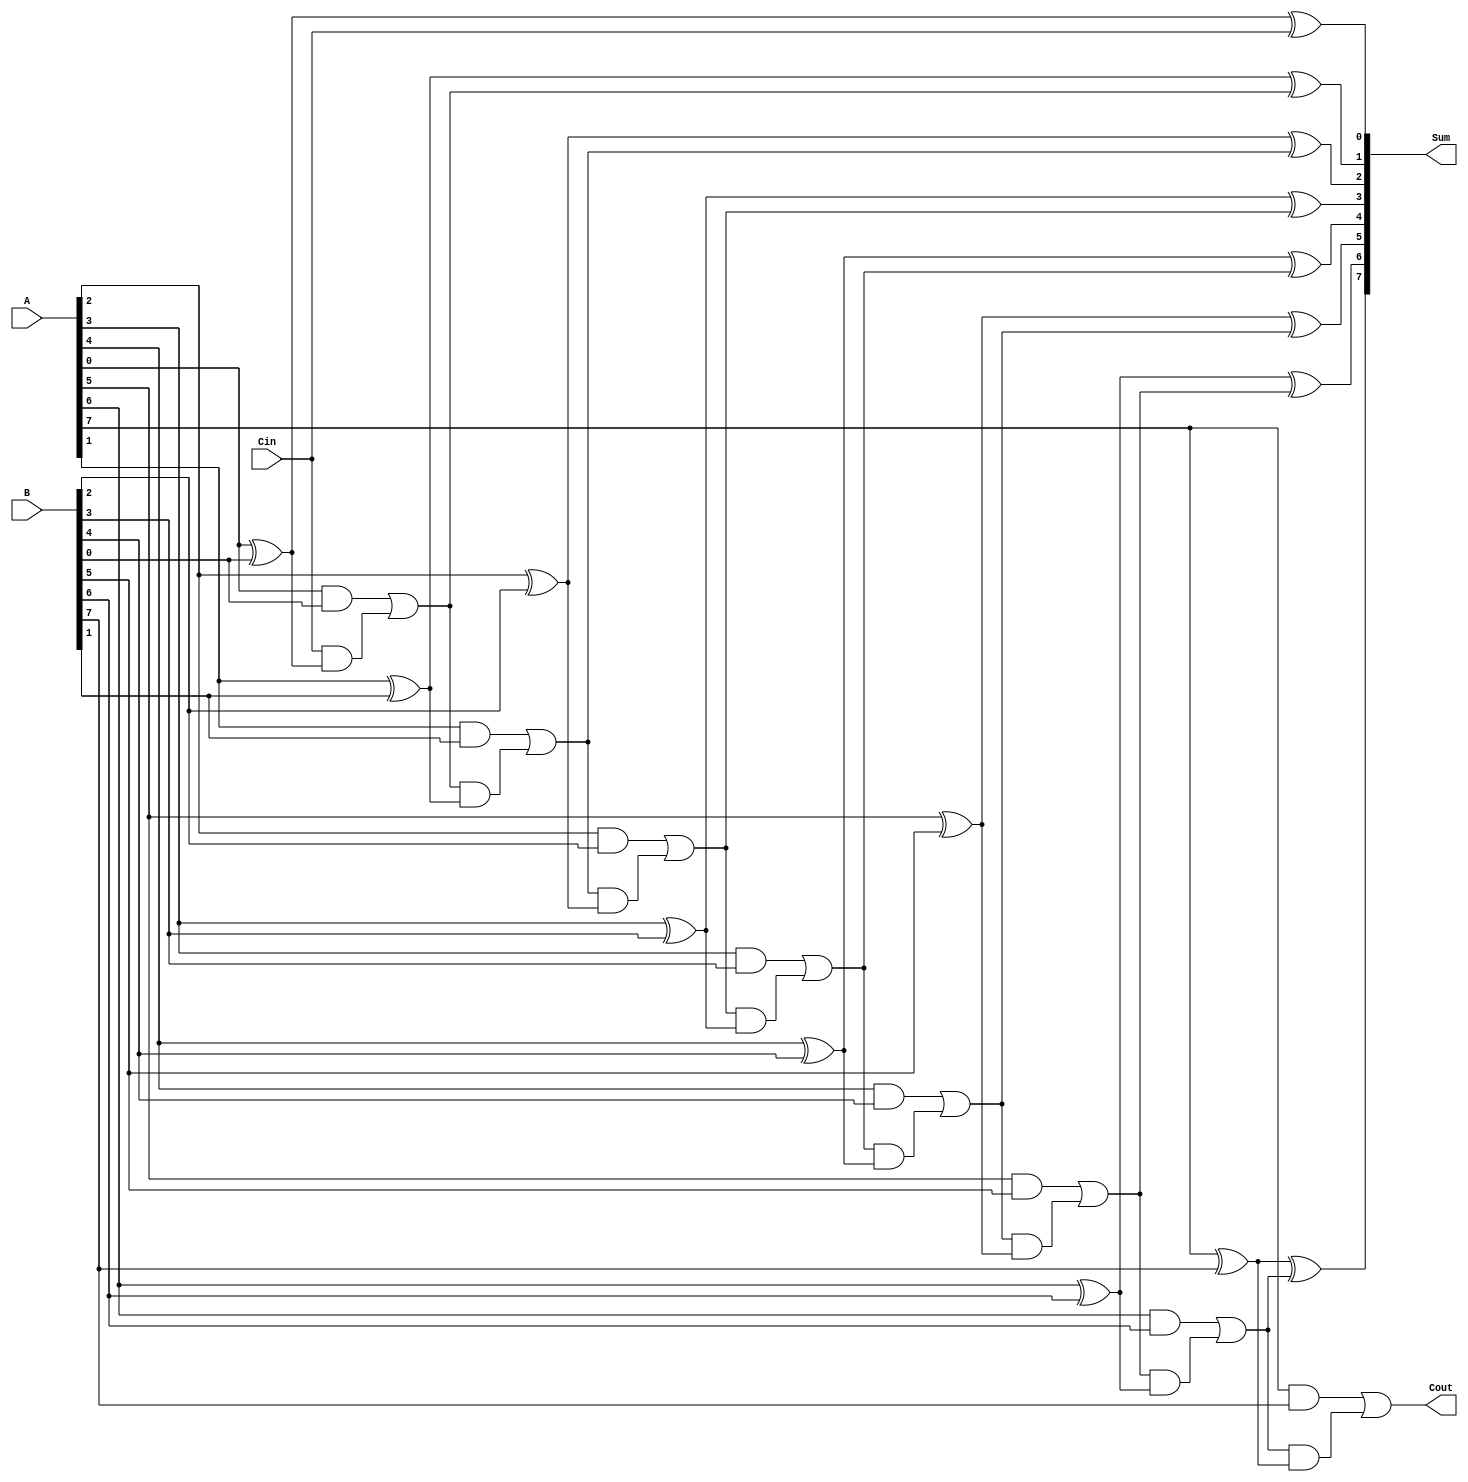
module ManchesterCarryChainAdder #(
    parameter WIDTH = 8  // Define the bit width for the adder
)(
    input  wire [WIDTH-1:0] A,      // First operand
    input  wire [WIDTH-1:0] B,      // Second operand
    input  wire Cin,                 // Carry-in input
    output wire [WIDTH-1:0] Sum,     // Sum output
    output wire Cout                 // Carry-out output
);

    // Carry wires for internal stages
    wire [WIDTH:0] carry; // carry[0] is carry-in, carry[WIDTH] is final carry-out

    // Initialize carry[0] to Cin
    assign carry[0] = Cin;

    // Full Adder Logic for each bit position using Manchester carry logic
    generate
        genvar i;
        for (i = 0; i < WIDTH; i = i + 1) begin : full_adder_stage

            wire A_i = A[i];
            wire B_i = B[i];
            wire C_in = carry[i];  // Carry-in for current stage

            // Generate carry-out
            wire sum = A_i ^ B_i ^ C_in; // Sum calculation
            wire C_out = (A_i & B_i) | (C_in & (A_i ^ B_i)); // Carry-out calculation

            assign Sum[i] = sum;
            assign carry[i + 1] = C_out; // Connect carry-out to next stage
        end
    endgenerate

    // Assign final cout
    assign Cout = carry[WIDTH];

endmodule